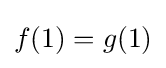
f(1)=g(1)